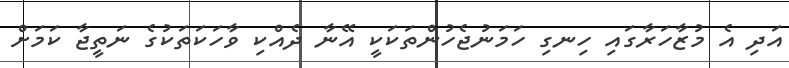
އަދި އެ މުޒާހަރާގައި ހިނގި ހަމަނުޖެހުންތަކަކީ އޭނާ ދެއްކި ވާހަކަތަކުގެ ނަތީޖާ ކަމަށް